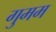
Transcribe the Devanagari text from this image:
गुमम